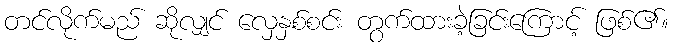
တင်လိုက်မည် ဆိုလျှင် လှေနှစ်စင်း တွက်ထားခဲ့ခြင်းကြောင့် ဖြစ်၏။